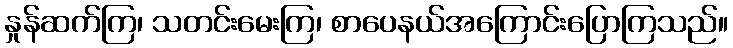
နှုန်ဆက်ကြ၊ သတင်းမေးကြ၊ စာပေနယ်အကြောင်းပြောကြသည်။